Civil Veterinary Dept. Bombay admin report 1893-99 - 1893-1899
Year: 1893
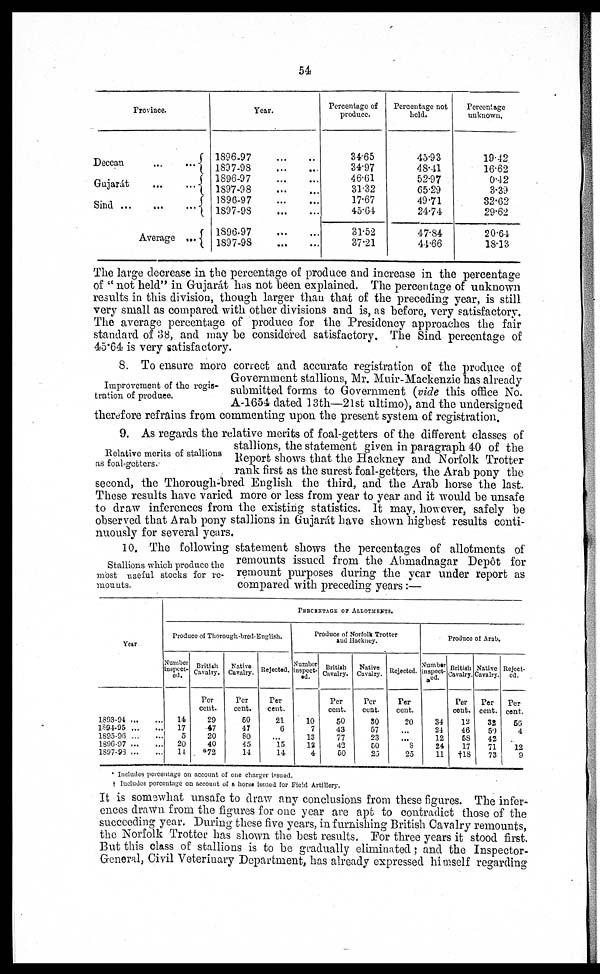
54
Province.
Deccan … …
Gujarát … …
Sind … … …
Average ...
Year.
1896-97 … …
1897-98 … …
1896-97 … …
1897-98 … …
1896-97 … …
1897-98 … …
1896-97 … …
1897-98 … …
Percentage of
produce.
34.65
34.97
46.61
31.32
17.67
45.64
31.52
37.21
Percentage not
held.
45.93
48.41
52.97
65.29
49.71
24.74
47.84
44.66
Percentage
unknown.
19.42
16.62
0.42
3.39
32.62
29.62
20.64
18.13
The large decrease in the percentage of produce and increase in the percentage
of " not held " in Gujarát has not been explained. The percentage of unknown
results in this division, though larger than that of the preceding year, is still
very small as compared with other divisions and is, as before, very satisfactory.
The average percentage of produce for the Presidency approaches the fair
standard of 38, and may be considered satisfactory. The Sind percentage of
45.64 is very satisfactory.
Improvement of the regis-
tration of produce.
8. To ensure more correct and accurate registration of the produce of
Government stallions, Mr. Muir-Mackenzie has already
submitted forms to Government (vide this office No.
A-1654 dated 13th—21st ultimo), and the undersigned
therefore refrains from commenting upon the present system of registration.
Relative merits of stallions
as foal-getters.
9. As regards the relative merits of foal-getters of the different classes of
stallions, the statement given in paragraph 40 of the
Report shows that the Hackney and Norfolk Trotter
rank first as the surest foal-getters, the Arab pony the
second, the Thorough-bred English the third, and the Arab horse the last.
These results have varied more or less from year to year and it would be unsafe
to draw inferences from the existing statistics. It may, however, safely be
observed that Arab pony stallions in Gujarát have shown highest results conti-
nuously for several years.
Stallions which produce the
most useful stocks for re-
mounts.
10. The following statement shows the percentages of allotments of
remounts issued from the Ahmadnagar Depôt for
remount purposes during the year under report as
compared with preceding years :—
Year
1893-94 … …
1894-95 … …
1895-96 … …
1896-97 … …
1897-93 … …
PERCENTAGE OF ALLOTMENTS.
Produce of Thorough-bred-English.
Number
inspect-
ed.
14
17
5
20
14
British
Cavalry.
Per
cent.
29
47
20
40
*72
Native
Cavalry.
Per
cent.
60
47
80
45
14
Rejected.
Per
cent.
21
6
... 15
14
Produce of Norfolk Trotter
and Hackney.
Number
inspect-
ed.
10
7
13
12
4
British |
Cavalry.
Per
cent.
50
43
77
43
BO
Native
Cavalry.
Per
cent.
80
57
23
50
25
Rejected.
Per
cent.
20
… 8
25
Produce of Arab.
Number
inspect-
ed.
34
24
12
24
11
British
Cavalry.
Per
cent.
12
46
58
17
†18
Native
Cavalry.
Per
cent.
32
50
42
71
73
Reject-
ed.
Per
cent.
5G
4
12
9
* Includes percentage on account of one charger issued.
† Iucludcs percentage on account of a horse issued for Field Artillery.
It is somewhat unsafe to draw any conclusions from these figures. The infer-
ences drawn from the figures for one year are apt to contradict those of the
succeeding year. During these five years, in furnishing British Cavalry remounts,
the Norfolk Trotter has shown the best results. For three years it stood first.
But this class of stallions is to be gradually eliminated ; and the Inspector-
General, Civil Veterinary Department, has already expressed himself regarding